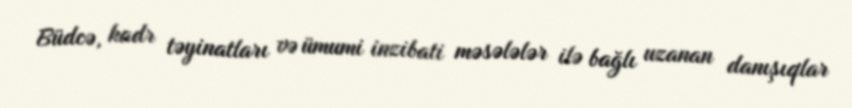
Büdcə, kadr təyinatları və ümumi inzibati məsələlər ilə bağlı uzanan danışıqlar